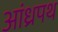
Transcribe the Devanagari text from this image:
आंध्रपथ